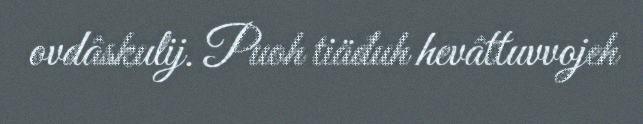
ovdâskulij. Puoh tiäđuh hevâttuvvojeh